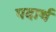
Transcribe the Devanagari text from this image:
पदार्थ